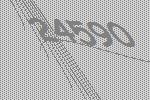
24590